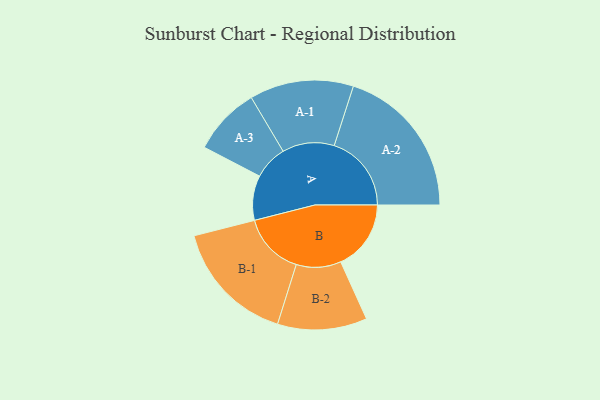
{"axis": {"x": "Segment", "y": "Value"}, "legend": ["", "A", "B"], "data": [{"x": "A", "y": 142, "type": ""}, {"x": "B", "y": 223, "type": ""}, {"x": "A-1", "y": 165, "type": "A"}, {"x": "A-2", "y": 245, "type": "A"}, {"x": "A-3", "y": 108, "type": "A"}, {"x": "B-1", "y": 198, "type": "B"}, {"x": "B-2", "y": 142, "type": "B"}]}